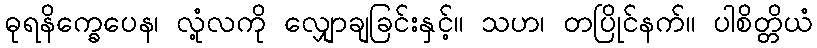
ဓုရနိက္ခေပေန၊ လုံ့လကို လျှောချခြင်းနှင့်။ သဟ၊ တပြိုင်နက်။ ပါစိတ္တိယံ